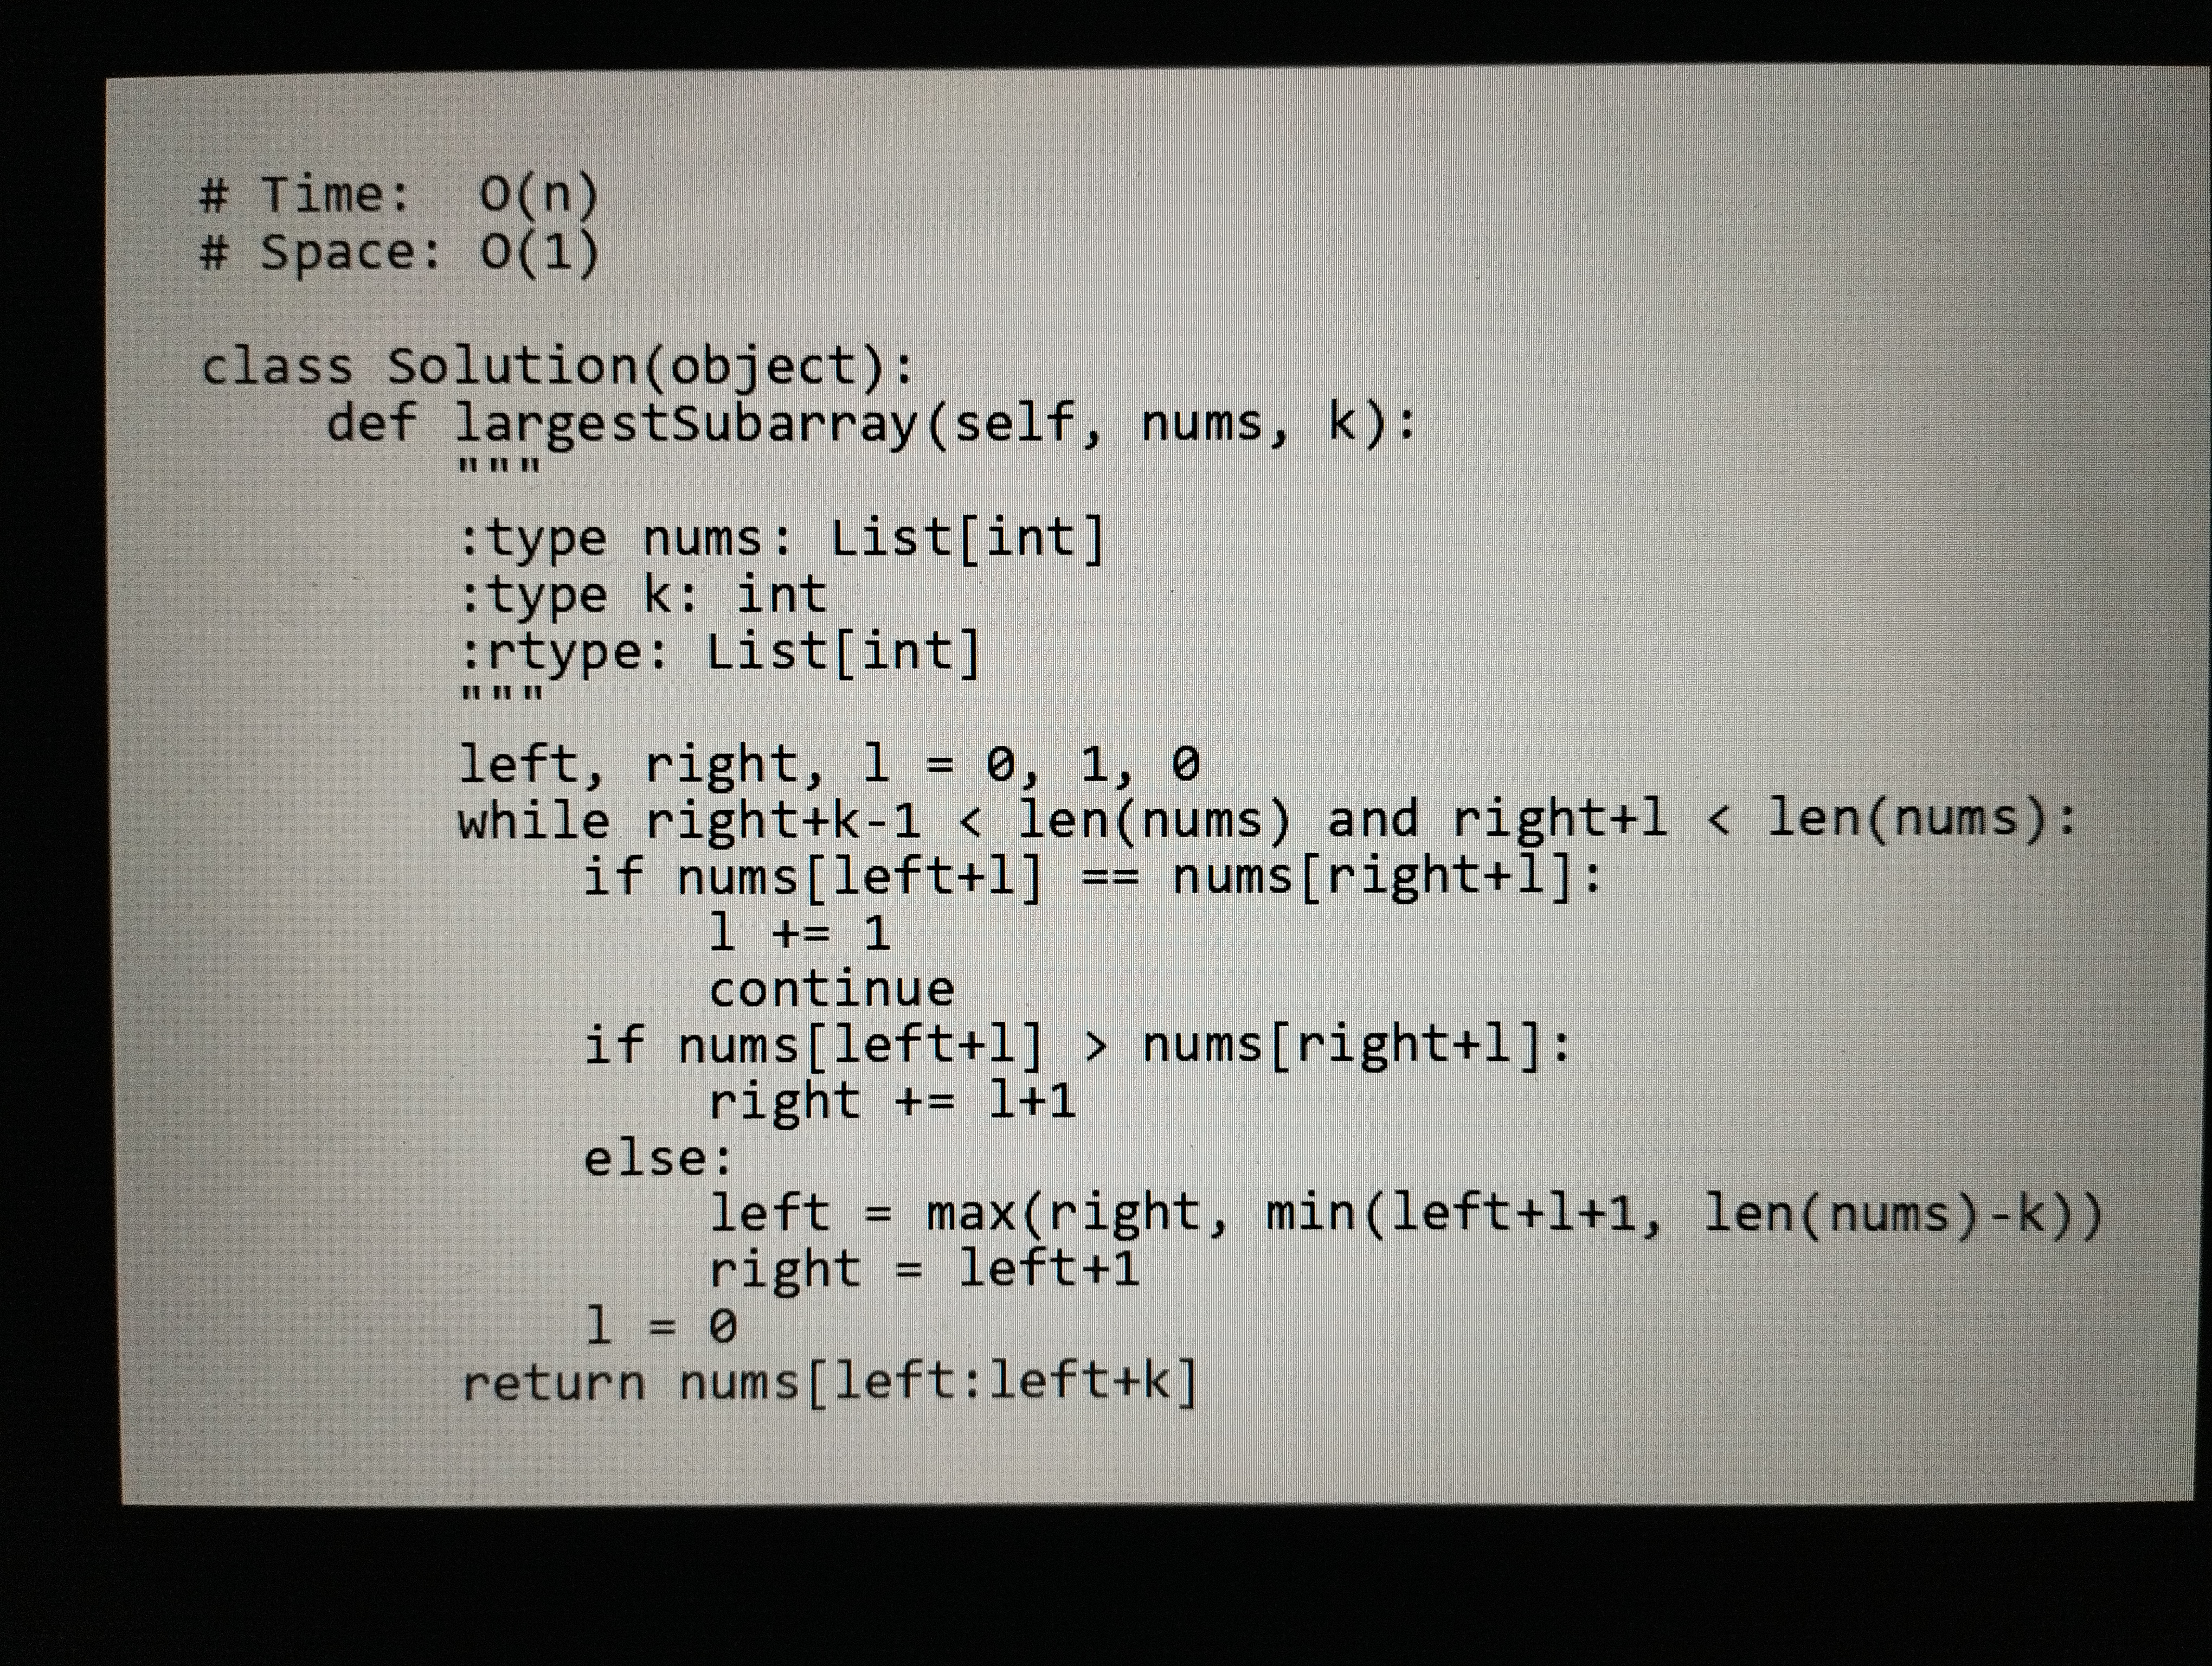
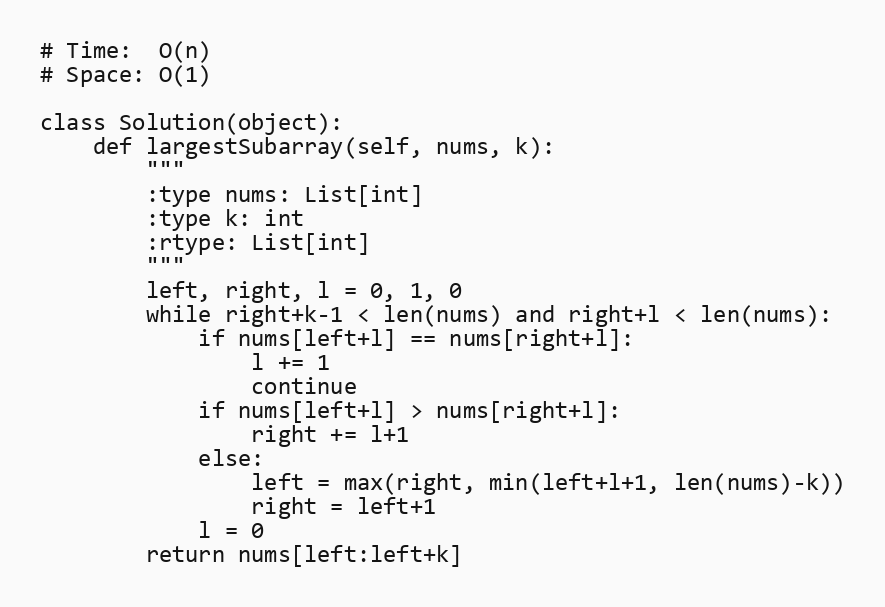
# Time:  O(n)
# Space: O(1)

class Solution(object):
    def largestSubarray(self, nums, k):
        """
        :type nums: List[int]
        :type k: int
        :rtype: List[int]
        """
        left, right, l = 0, 1, 0
        while right+k-1 < len(nums) and right+l < len(nums):
            if nums[left+l] == nums[right+l]:
                l += 1
                continue
            if nums[left+l] > nums[right+l]:
                right += l+1
            else:
                left = max(right, min(left+l+1, len(nums)-k))
                right = left+1
            l = 0
        return nums[left:left+k]